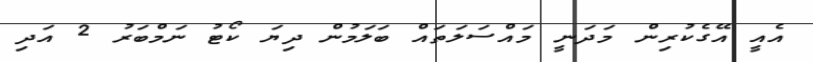
އެއީ އޭގެކުރިން މަދަނީ މައްސަލަތައް ބަލަމުން ދިޔަ ކޯޓު ނަމްބަރު 2 އަދި